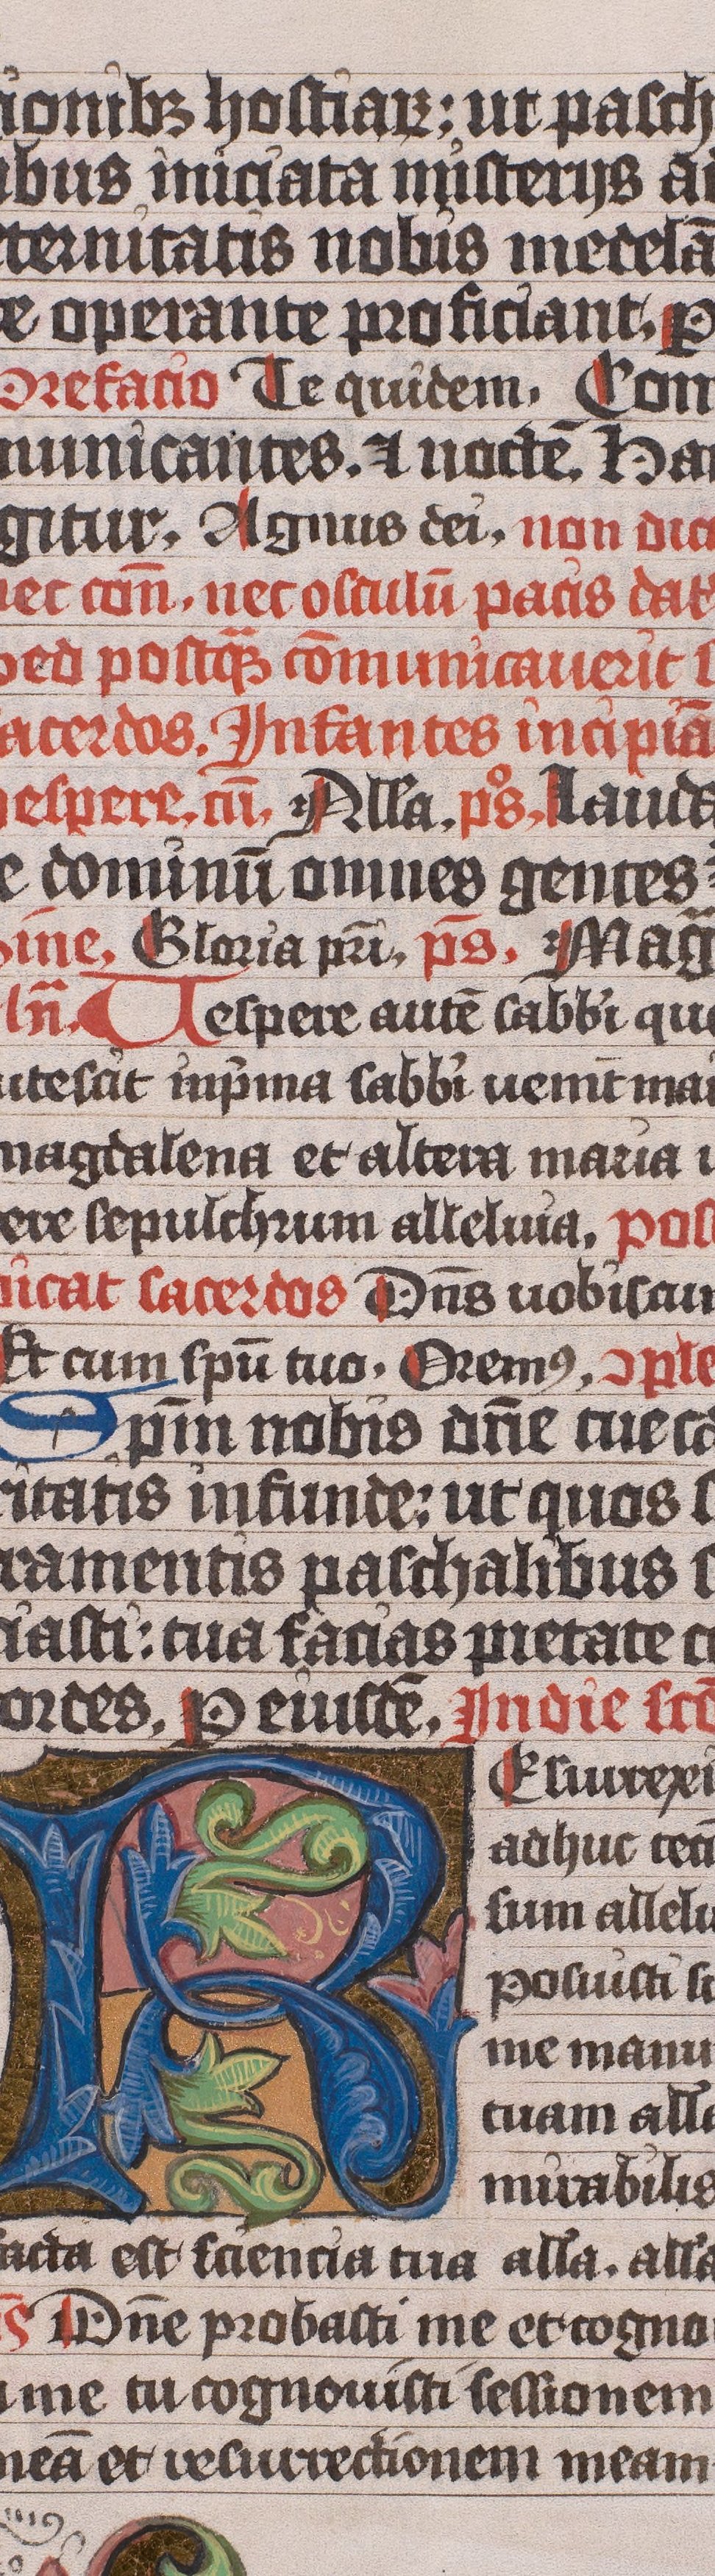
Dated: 1445–1475